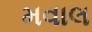
મવાલ